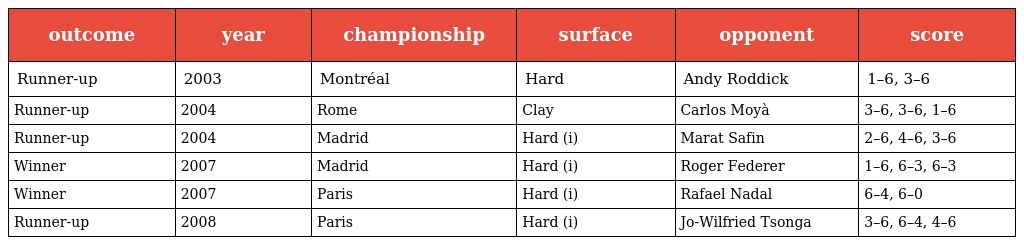
| outcome | year | championship | surface | opponent | score |
 | --- | --- | --- | --- | --- | --- |
 | Runner-up | 2003 | Montréal | Hard | Andy Roddick | 1–6, 3–6 |
 | Runner-up | 2004 | Rome | Clay | Carlos Moyà | 3–6, 3–6, 1–6 |
 | Runner-up | 2004 | Madrid | Hard (i) | Marat Safin | 2–6, 4–6, 3–6 |
 | Winner | 2007 | Madrid | Hard (i) | Roger Federer | 1–6, 6–3, 6–3 |
 | Winner | 2007 | Paris | Hard (i) | Rafael Nadal | 6–4, 6–0 |
 | Runner-up | 2008 | Paris | Hard (i) | Jo-Wilfried Tsonga | 3–6, 6–4, 4–6 |